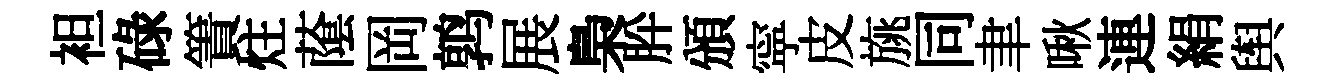
袒碌簀炷䕃岡鹑展梟肸頒寜皮旐同聿啾連絹舆